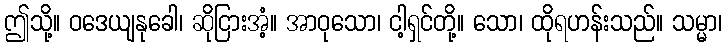
ဤသို့။ ဝဒေယျနုခေါ၊ ဆိုငြားအံ့။ အာဝုသော၊ ငါ့ရှင်တို့။ သော၊ ထိုရဟန်းသည်။ သမ္မာ၊